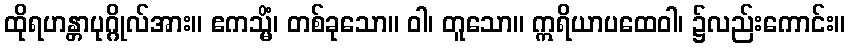
ထိုရဟန္တာပုဂ္ဂိုလ်အား။ ဧကသ္မိံ၊ တစ်ခုသော။ ဝါ၊ တူသော။ ဣရိယာပထေဝါ၊ ၌လည်းကောင်း။